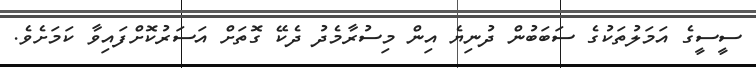
ސީސީގެ އަމަލުތަކުގެ ސަބަބުން ދުނިޔެ އިން މިސުރާމެދު ދެކޭ ގޮތަށް އަސަރުކޮށްފައިވާ ކަމަށެވެ.